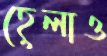
হেলাও